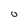
Character: o